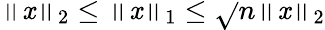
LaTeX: \left\| \mathit{x}\right\| _{2}\leq\left\| \mathit{x}\right\| _{1}\leq{\sqrt{}{{n}}}\left\| \mathit{x}\right\| _{2}